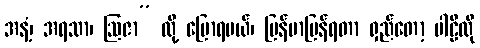
အနံ့၊ အရသာ၊ ဩဇာ” လို့ ပြောရမယ်၊ မြန်မာပြန်ရတာ ရှည်တော့ ပါဠိလို